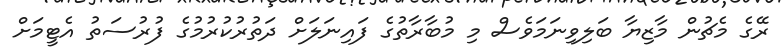
ރޭގެ މެޗުން މާޒިޔާ ބަލިވިނަމަވެސް މި މުބާރާތުގެ ފައިނަލަށް ދަތުުރުކުރުމުގެ ފުރުސަތު އެޓީމަށް